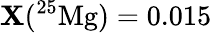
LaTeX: \mathbf{X}(^{25}\mathrm{{Mg}})=0.015